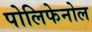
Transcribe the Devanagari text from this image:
पोलिफेनोल